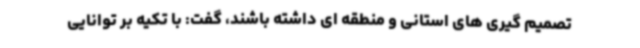
تصمیم گیری های استانی و منطقه ای داشته باشند، گفت: با تکیه بر توانایی